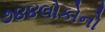
૭૪૪લોકોનો